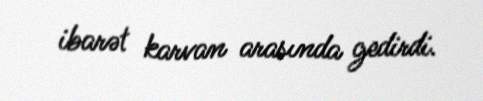
ibarət karvan arasında gedirdi.